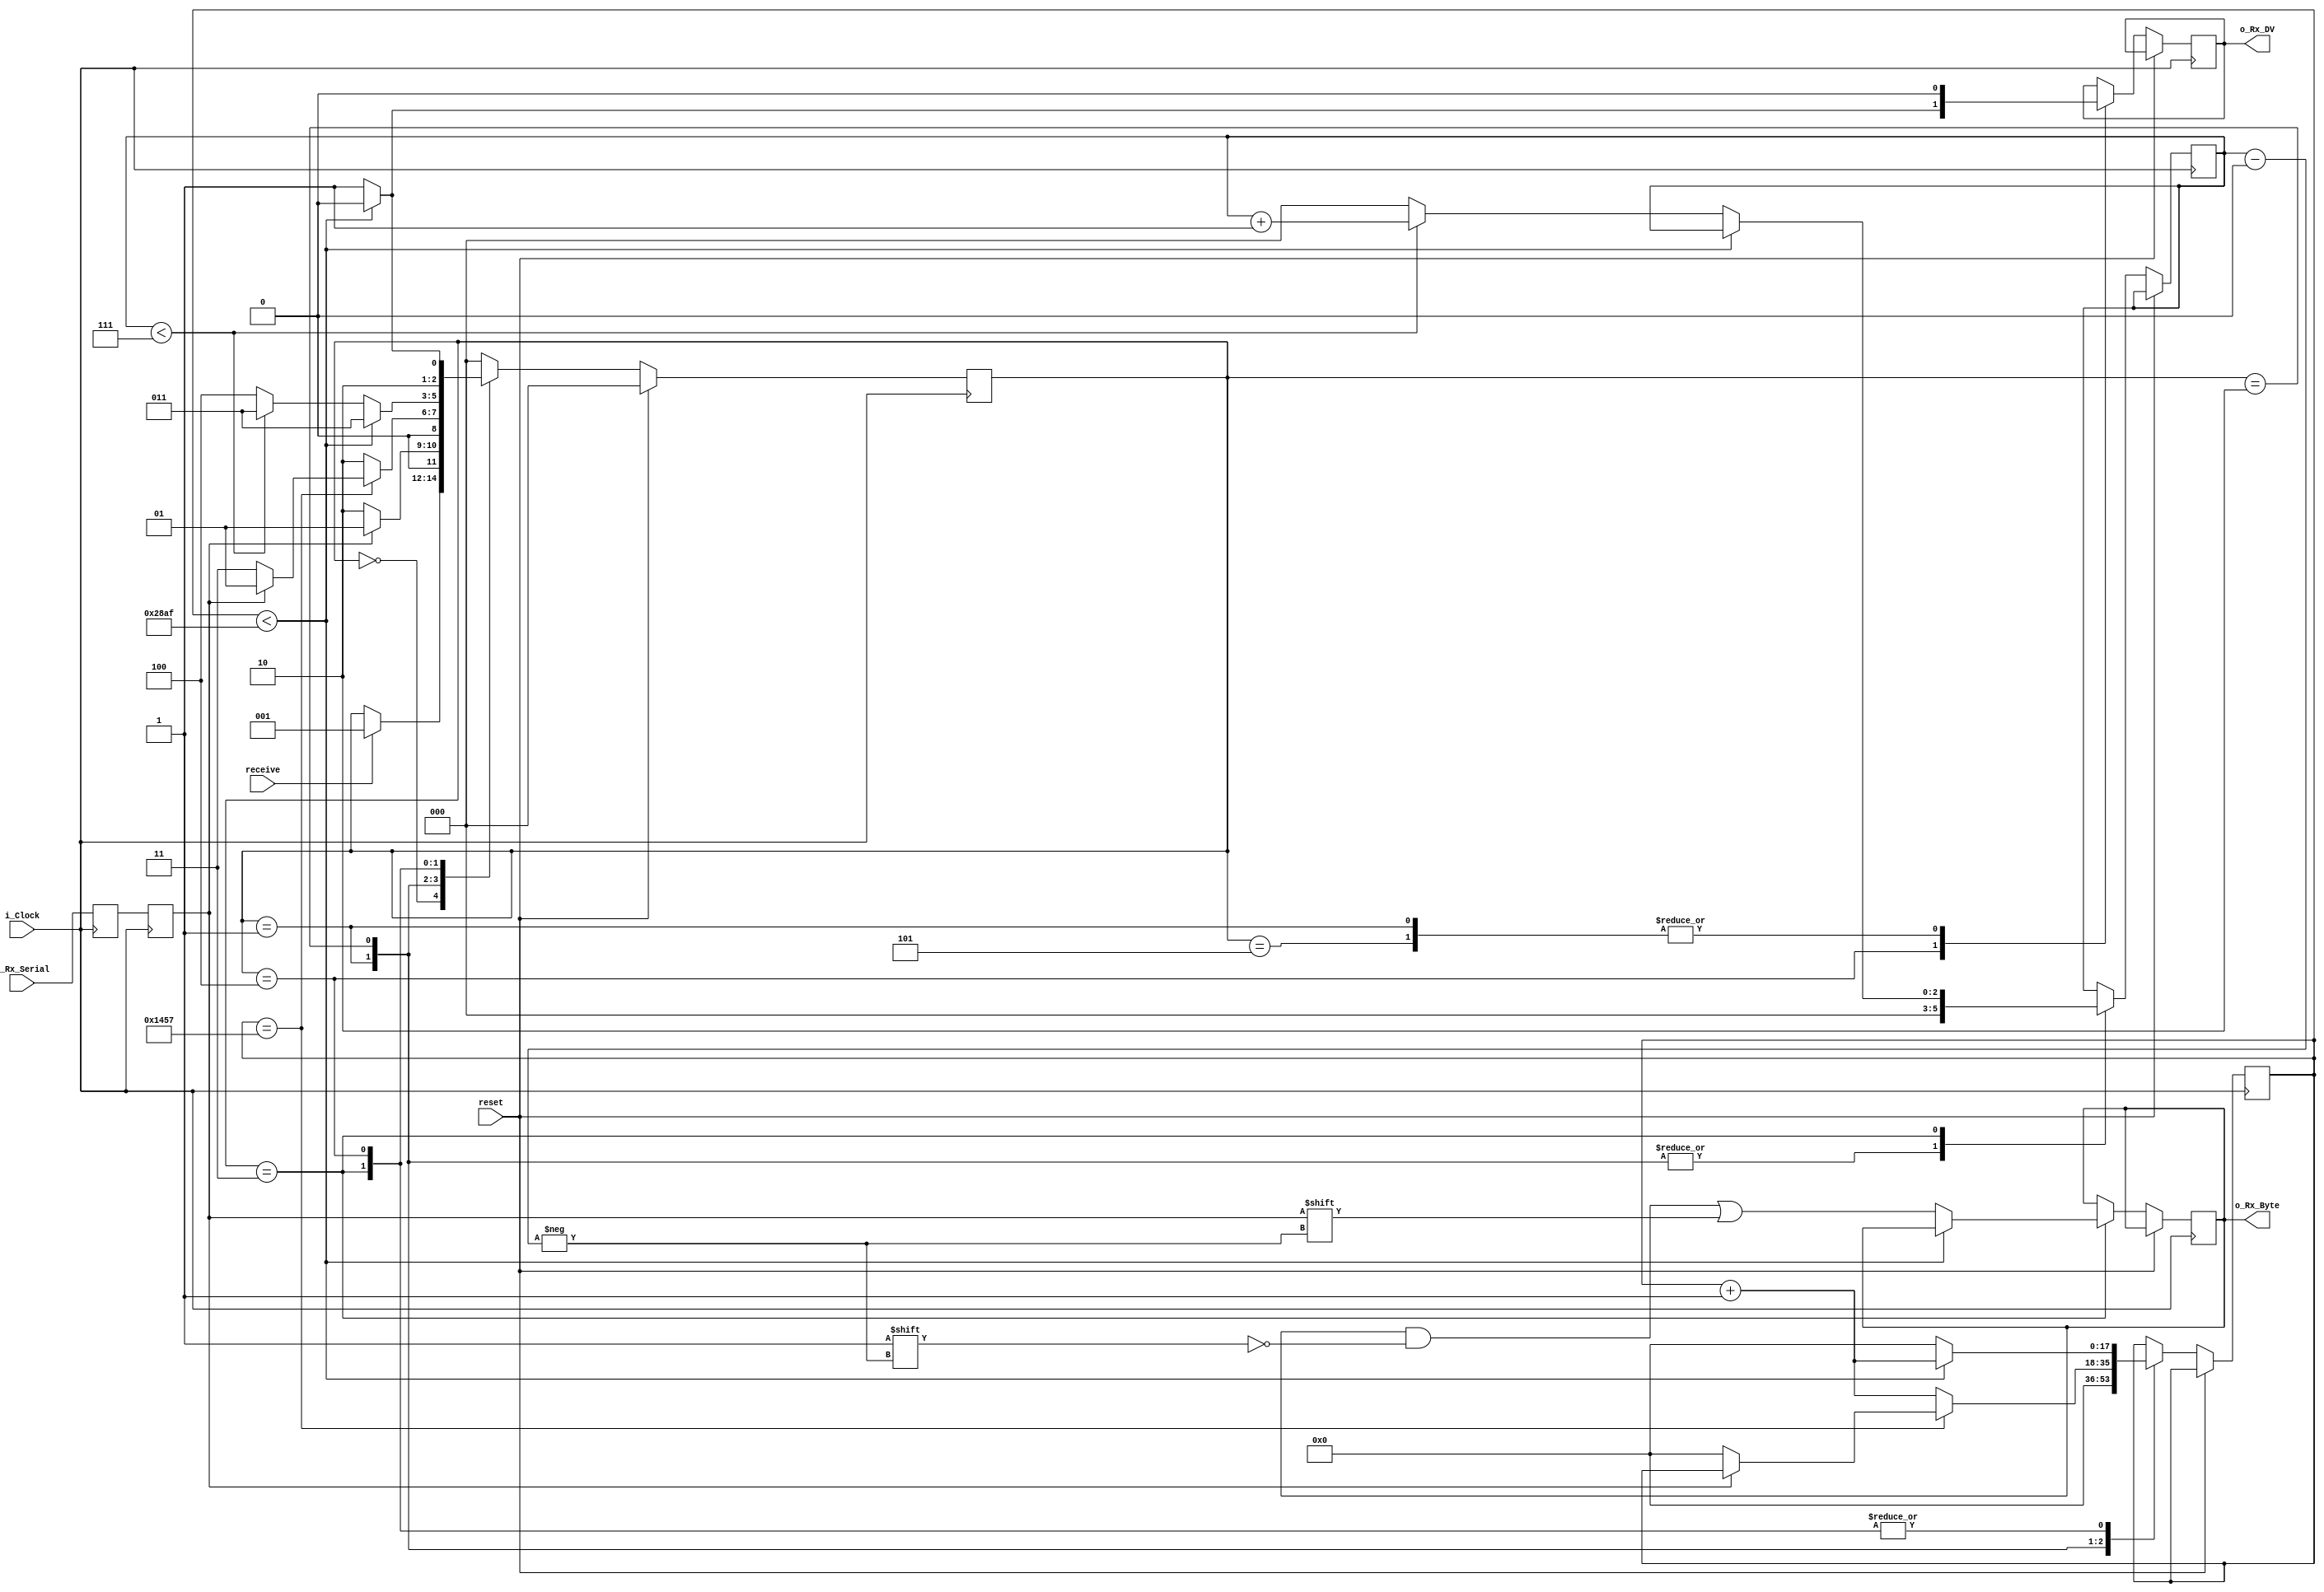
// Set Parameter CLKS_PER_BIT as follows:
// CLKS_PER_BIT = (Frequency of i_Clock)/(Frequency of UART)
// Example: 100 MHz Clock, 9600 baud UART
// (100000000)/(9600) = 10416

module uart_rx
  (
   input        i_Clock,
   input        reset,
   input        receive, // can we receive?
   input        i_Rx_Serial, // input serial
   output       o_Rx_DV, // done reading byte (raised for one cycle)
   output [7:0] o_Rx_Byte // buffered byte of data, only reset when a new start bit is detected
   );

  parameter CLKS_PER_BIT = 10416;
  parameter s_IDLE         = 3'b000;
  parameter s_CAN_RECV     = 3'b001;
  parameter s_RX_START_BIT = 3'b010;
  parameter s_RX_DATA_BITS = 3'b011;
  parameter s_RX_STOP_BIT  = 3'b100;
  parameter s_CLEANUP      = 3'b101;

  reg           r_Rx_Data_R = 1'b1;
  reg           r_Rx_Data   = 1'b1;

  reg [17:0]     r_Clock_Count = 0;
  reg [2:0]     r_Bit_Index   = 0; //8 bits total
  reg [7:0]     r_Rx_Byte     = 0;
  reg           r_Rx_DV       = 0;
  reg [2:0]     r_SM_Main     = 0;

  // Purpose: Double-register the incoming data.
  // This allows it to be used in the UART RX Clock Domain.
  // (It removes problems caused by metastability)
  always @(posedge i_Clock)
    begin
      r_Rx_Data_R <= i_Rx_Serial;
      r_Rx_Data   <= r_Rx_Data_R;
    end


  // Purpose: Control RX state machine
  always @(posedge i_Clock)
    begin

    if (reset)
        begin
        r_SM_Main <= s_IDLE;
        end

    else
      begin
      case (r_SM_Main)
        s_IDLE :
          begin
            if (receive)
                begin
                    r_SM_Main <= s_CAN_RECV;
                end
          end

        s_CAN_RECV:
            begin
            r_Rx_DV       <= 1'b0;
            r_Clock_Count <= 0;
            r_Bit_Index   <= 0;

            if (r_Rx_Data == 1'b0)          // Start bit detected
              begin
              r_SM_Main <= s_RX_START_BIT;
              // r_Rx_Byte <= 0; // I could do this here, but I am going to do it in the s_RX_START_BIT stage as this could be random noise
              end
            else
              r_SM_Main <= s_CAN_RECV;
            end

        // Check middle of start bit to make sure it's still low
        s_RX_START_BIT :
            begin
            r_Bit_Index   <= 0;
            if (r_Clock_Count == (CLKS_PER_BIT-1)/2)
                begin
                if (r_Rx_Data == 1'b0)
                    begin
                    r_Clock_Count <= 0;  // reset counter, found the middle
                    r_SM_Main     <= s_RX_DATA_BITS;
                    end
                else
                    r_SM_Main <= s_CAN_RECV;
                end
            else
                begin
                r_Clock_Count <= r_Clock_Count + 1;
                r_SM_Main     <= s_RX_START_BIT;
                end
            end // case: s_RX_START_BIT


        // Wait CLKS_PER_BIT-1 clock cycles to sample serial data
        s_RX_DATA_BITS :
          begin
            if (r_Clock_Count < CLKS_PER_BIT-1)
              begin
                r_Clock_Count <= r_Clock_Count + 1;
                r_SM_Main     <= s_RX_DATA_BITS;
              end
            else
              begin
                r_Clock_Count          <= 0;
                r_Rx_Byte[r_Bit_Index] <= r_Rx_Data;

                // Check if we have received all bits
                if (r_Bit_Index < 7)
                  begin
                    r_Bit_Index <= r_Bit_Index + 1;
                    r_SM_Main   <= s_RX_DATA_BITS;
                  end
                else
                  begin
                    r_Bit_Index <= 0;
                    r_SM_Main   <= s_RX_STOP_BIT;
                  end
              end
          end // case: s_RX_DATA_BITS


        // Receive Stop bit.  Stop bit = 1
        s_RX_STOP_BIT :
          begin
            // Wait CLKS_PER_BIT-1 clock cycles for Stop bit to finish
            if (r_Clock_Count < CLKS_PER_BIT-1)
              begin
                r_Clock_Count <= r_Clock_Count + 1;
                r_SM_Main     <= s_RX_STOP_BIT;
                r_Rx_DV       <= 1'b0;
              end
            else
              begin
                r_Rx_DV       <= 1'b1;
                r_Clock_Count <= 0;
                r_SM_Main     <= s_CLEANUP;
              end
          end // case: s_RX_STOP_BIT


        // Stay here 1 clock, unecessary and may cause clock lag as we spend 11 clocks when we should spend 10
        s_CLEANUP :
          begin
            r_SM_Main <= s_IDLE;
            r_Rx_DV   <= 1'b0;
          end


        default :
          r_SM_Main <= s_IDLE;

      endcase
    end
    end

  assign o_Rx_DV = r_Rx_DV;
  assign o_Rx_Byte = r_Rx_Byte;

endmodule // uart_rx